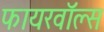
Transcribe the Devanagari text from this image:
फायरवॉल्स